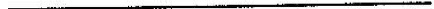
___